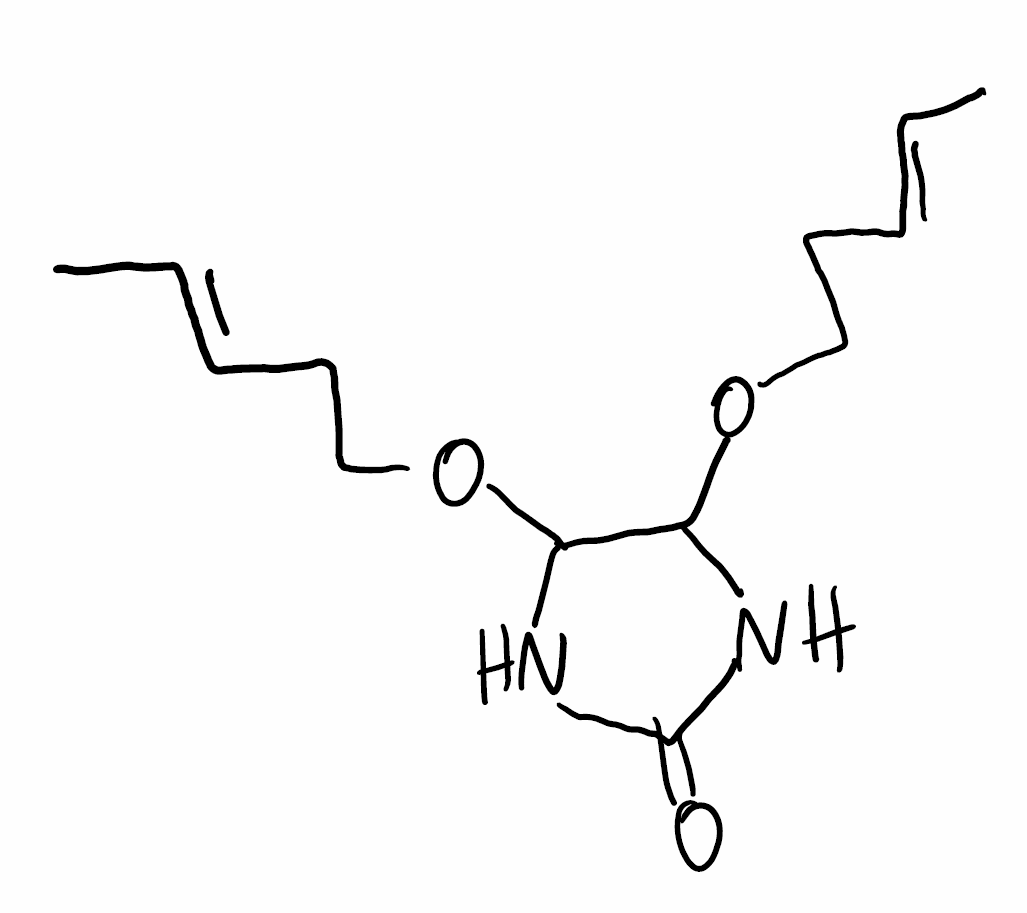
Simplified molecular-input line-entry system (SMILES) notation of the given molecule:
C/C=C/CCOC1NC(=O)NC1OCC/C=C/C